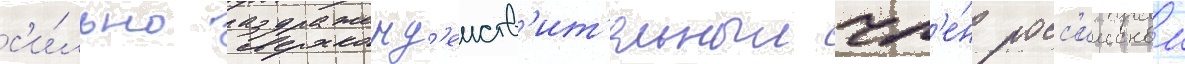
с'и́льно раздраженд'еиств'ит'ельныи чл'е́н росс'иискои